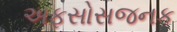
અફસોસજનક